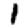
Digit: 1